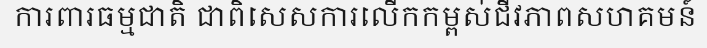
ការពារធម្មជាតិ ជាពិសេសការលើកកម្ពស់ជីវភាពសហគមន៍